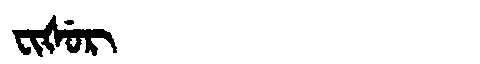
Manchu: ᠸᡳᡧᡠᡵ
Romanization: FIŠUR